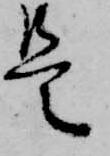
是